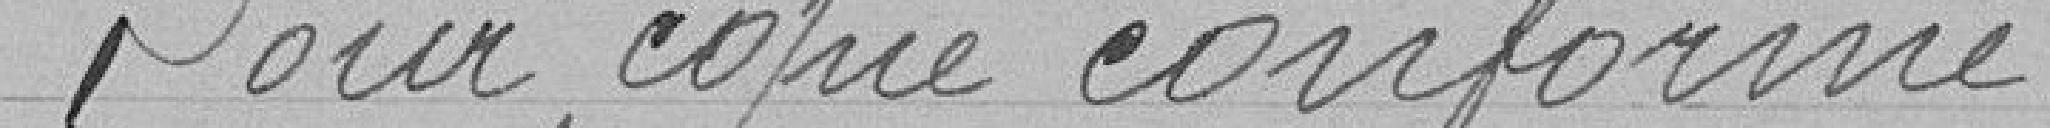
Pour copie conforme